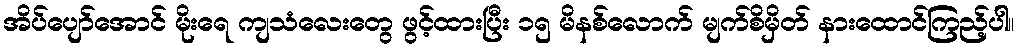
အိပ်ပျော်အောင် မိုးရေ ကျသံလေးတွေ ဖွင့်ထားပြီး ၁၅ မိနစ်လောက် မျက်စိမှိတ် နားထောင်ကြည့်ပါ။